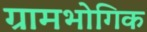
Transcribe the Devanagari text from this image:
ग्रामभोगिक